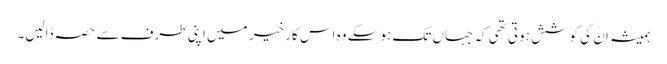
ہمیشہ ان کی کوشش ہوتی تھی کہ جہاں تک ہوسکے وہ اس کار خیر میں اپنی طرف سے حصہ ڈالیں۔